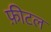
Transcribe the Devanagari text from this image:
फ़ीटल